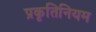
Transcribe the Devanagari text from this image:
प्रकृतिनियम